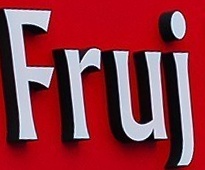
Fruj